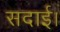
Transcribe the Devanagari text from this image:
सदाई।